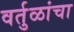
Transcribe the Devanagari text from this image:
वर्तुळांचा